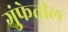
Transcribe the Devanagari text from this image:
गुंफेतील